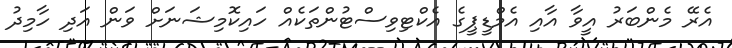
އެރޭ މެންބަރު އީވާ އާއި އެމްޑީޕީގެ އެކްޓިވިސްޓުންތަކެއް ހައިކޮމިޝަނަށް ވަން އަދި ހާމިދު